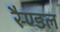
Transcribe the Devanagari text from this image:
रैण्डल